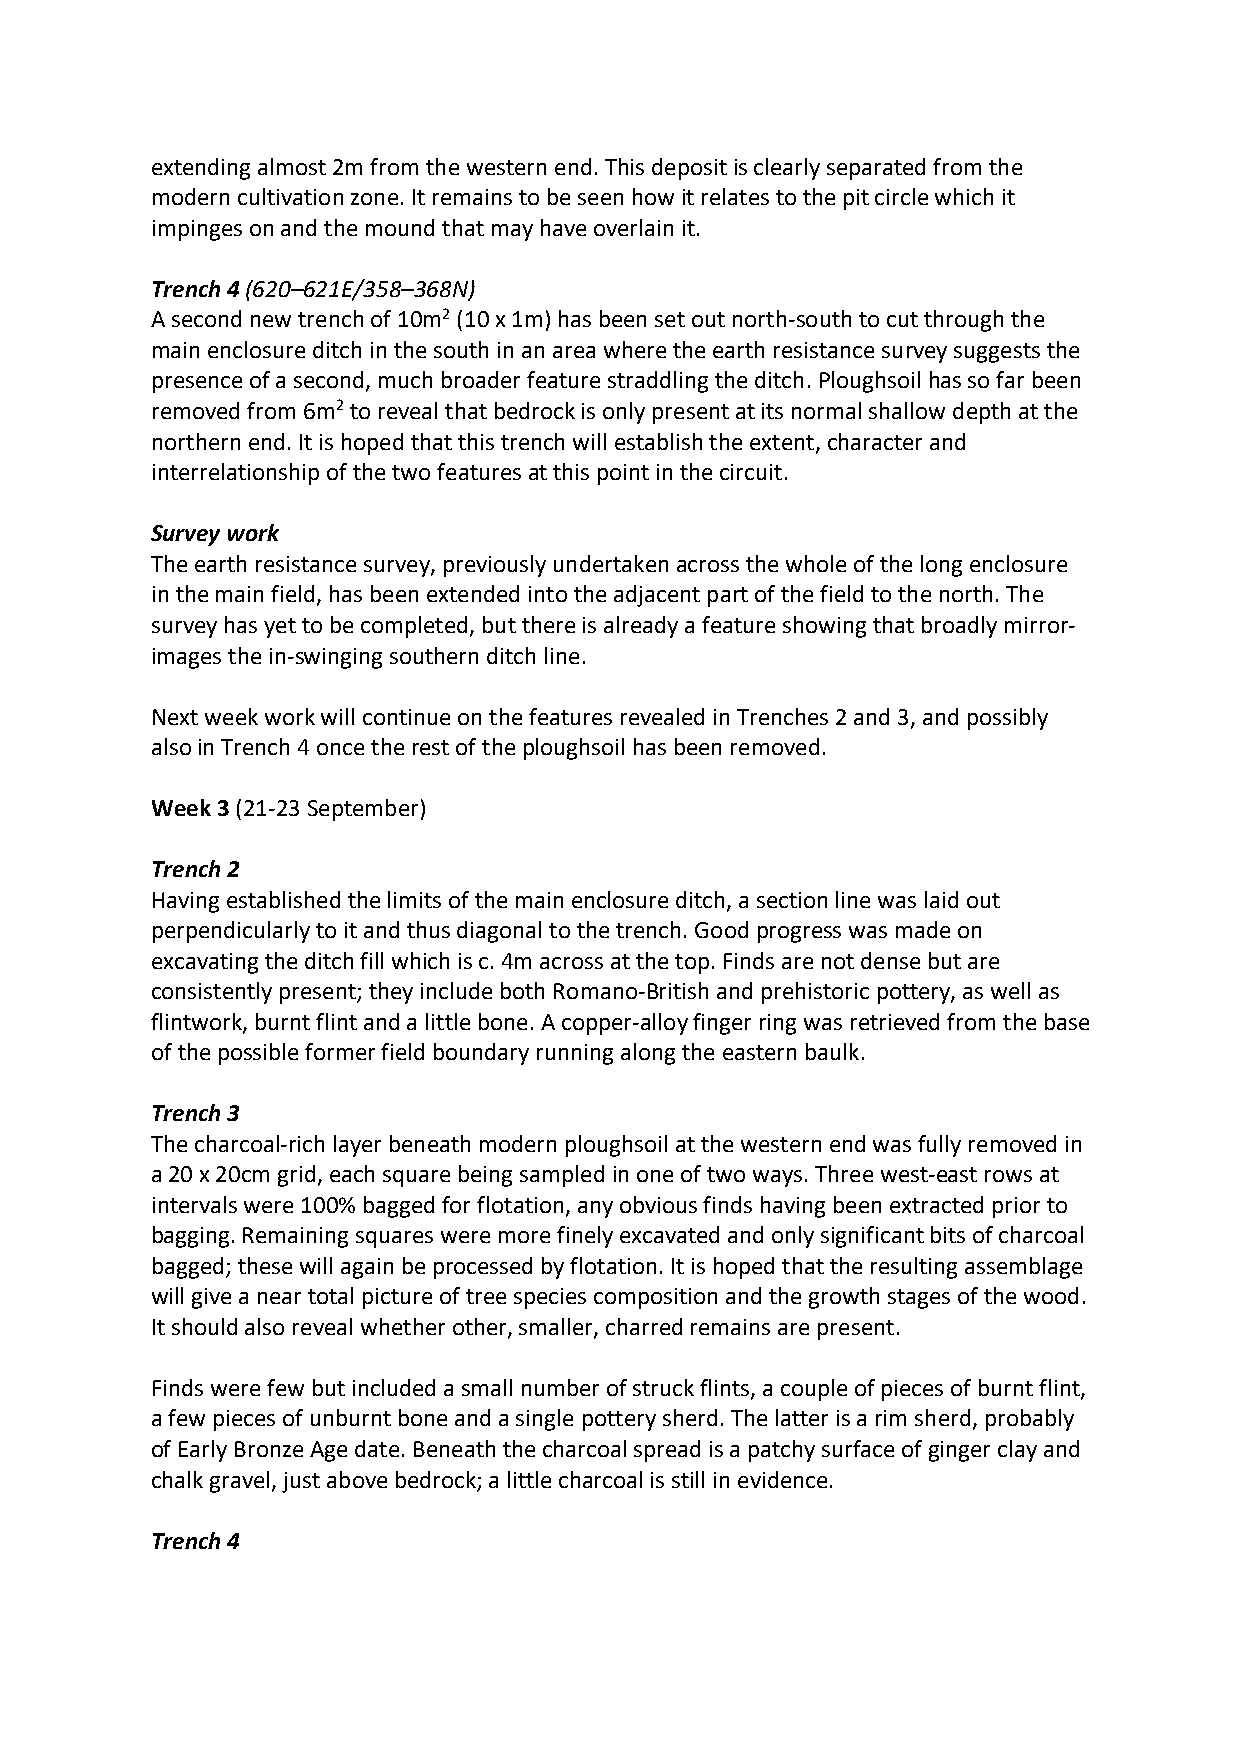
extending almost 2m from the western end. This deposit is clearly separated from the
 modern cultivation zone. It remains to be seen how it relates to the pit circle which it
 impinges on and the mound that may have overlain it.
 Trench 4 (620–621E/358–368N)
 A second new trench of 10m2 (10 x 1m) has been set out north-south to cut through the
 main enclosure ditch in the south in an area where the earth resistance survey suggests the
 presence of a second, much broader feature straddling the ditch. Ploughsoil has so far been
 removed from 6m2 to reveal that bedrock is only present at its normal shallow depth at the
 northern end. It is hoped that this trench will establish the extent, character and
 interrelationship of the two features at this point in the circuit.
 Survey work
 The earth resistance survey, previously undertaken across the whole of the long enclosure
 in the main field, has been extended into the adjacent part of the field to the north. The
 survey has yet to be completed, but there is already a feature showing that broadly mirror-
 images the in-swinging southern ditch line.
 Next week work will continue on the features revealed in Trenches 2 and 3, and possibly
 also in Trench 4 once the rest of the ploughsoil has been removed.
 Week 3 (21-23 September)
 Trench 2
 Having established the limits of the main enclosure ditch, a section line was laid out
 perpendicularly to it and thus diagonal to the trench. Good progress was made on
 excavating the ditch fill which is c. 4m across at the top. Finds are not dense but are
 consistently present; they include both Romano-British and prehistoric pottery, as well as
 flintwork, burnt flint and a little bone. A copper-alloy finger ring was retrieved from the base
 of the possible former field boundary running along the eastern baulk.
 Trench 3
 The charcoal-rich layer beneath modern ploughsoil at the western end was fully removed in
 a 20 x 20cm grid, each square being sampled in one of two ways. Three west-east rows at
 intervals were 100% bagged for flotation, any obvious finds having been extracted prior to
 bagging. Remaining squares were more finely excavated and only significant bits of charcoal
 bagged; these will again be processed by flotation. It is hoped that the resulting assemblage
 will give a near total picture of tree species composition and the growth stages of the wood.
 It should also reveal whether other, smaller, charred remains are present.
 Finds were few but included a small number of struck flints, a couple of pieces of burnt flint,
 a few pieces of unburnt bone and a single pottery sherd. The latter is a rim sherd, probably
 of Early Bronze Age date. Beneath the charcoal spread is a patchy surface of ginger clay and
 chalk gravel, just above bedrock; a little charcoal is still in evidence.
 Trench 4